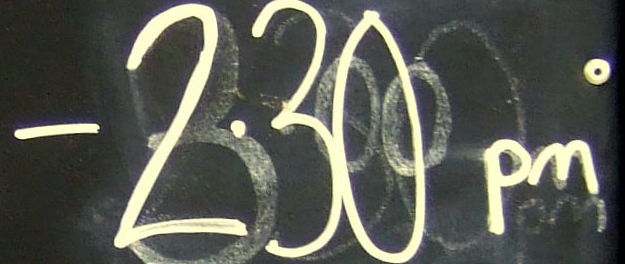
-230pm